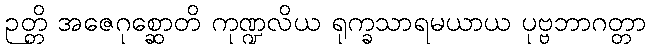
ဉတ္တိ အဇေဂုစ္ဆောတိ ကုဏ္ဍလိယ ရုက္ခသာရမယာယ ပုဗ္ဗဘာဂတ္တာ